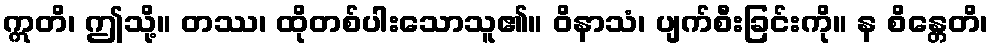
ဣတိ၊ ဤသို့။ တဿ၊ ထိုတစ်ပါးသောသူ၏။ ဝိနာသံ၊ ပျက်စီးခြင်းကို။ န စိန္တေတိ၊